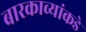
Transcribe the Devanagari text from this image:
बारकाव्यांकडे